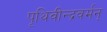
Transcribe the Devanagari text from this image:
पृथिवीन्द्रवर्मन्